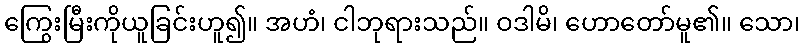
ကြွေးမြီးကိုယူခြင်းဟူ၍။ အဟံ၊ ငါဘုရားသည်။ ဝဒါမိ၊ ဟောတော်မူ၏။ သော၊